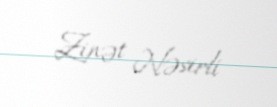
Zinət Nəsirli